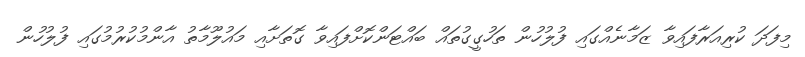
މިފަދަ ކުރިއަރާފައިވާ ޒަމާނެއްގައި ފުލުހުން ތަހުގީގުތައް ބައްޓަންކޮށްފައިވާ ގޮތަށާއި މައުލޫމާތު އާންމުކުރުމުގައި ފުލުހުން